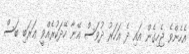
އެހެންވެ ޖެހިގެން އައި ދެ އަހަރު ދުވަސް އޭނާ ހޭދަކުރެއްވީ ޢަރަބި ބަސް